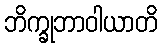
ဘိက္ခုဘာဝါယာတိ